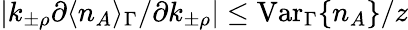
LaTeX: |k_{\pm\rho}\partial\langle n_{A}\rangle_{\Gamma}/\partial k_{\pm\rho}|\leq\mathrm{Var}_{\Gamma}\{ n_{A}\} /z